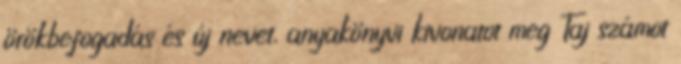
örökbefogadás és új nevet, anyakönyvi kivonatot meg Taj számot